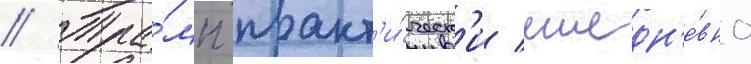
// Тра́мп практ'и́ческ'и ежедн'е́вно